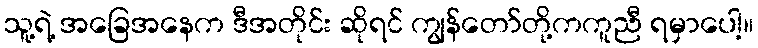
သူ့ရဲ့ အခြေအနေက ဒီအတိုင်း ဆိုရင် ကျွန်တော်တို့ကကူညီ ရမှာပေါ့။